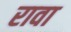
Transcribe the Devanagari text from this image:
रावा